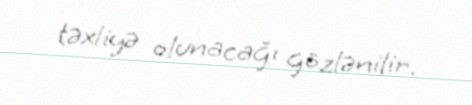
təxliyə olunacağı gözlənilir.